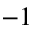
^ { - 1 }